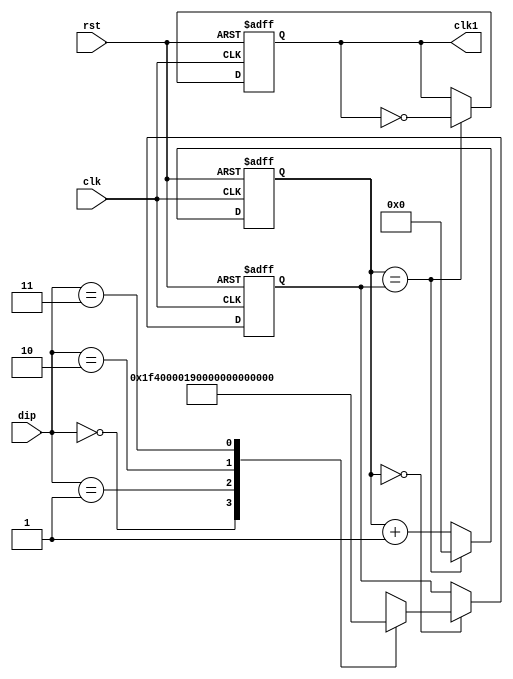
module clockHz(clk, rst, dip , clk1);  //    

	input	clk, rst;
	input[1:0] dip;
	output	clk1;
	
	reg [24:0] cnt_clk1;
	reg	clk1;
	reg [24:0] hz;
	

always @(posedge clk or negedge rst) begin
if(!rst) begin
    hz <= 25'd1000;     // 1khz, 1  .
    end
    
    else if(cnt_clk1 == 0) begin
    case(dip)
    2'b00 : hz <= 25'd1000;     // 1khz, 1   .
    2'b01 : hz <= 25'd100;       // 1khz, 0.1   .
    2'b10 : hz <= 25'd10;        // 1khz, 0.01   .
    2'b11 : hz <= 25'd5;         // 1khz, 0.005   .
    endcase
	
	end
	end
	
	always @ (posedge clk or negedge rst) begin
		if(!rst) begin
			cnt_clk1 <= 0;
			clk1		<= 0;
		end
		else if (cnt_clk1 == hz)	begin  //  hz     .
			cnt_clk1 <= 0;
			clk1		<= ~clk1;
		end
		else
			cnt_clk1 <= cnt_clk1 + 1'b1;     
	end
	
endmodule